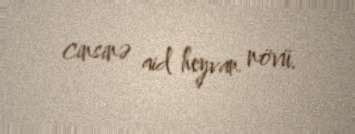
cinsinə aid heyvan növü.